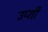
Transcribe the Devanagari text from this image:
उप्शी